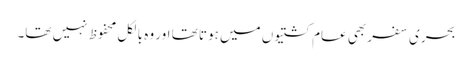
بحری سفر بھی عام کشتیوں میں ہوتا تھا اور وہ بالکل محفوظ نہیں تھا۔